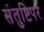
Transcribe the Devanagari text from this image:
संतुष्टिपर